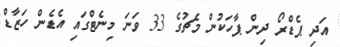
އަދި ޕެޑްރޯ ދިން ޕާހަކުން މެޗުގެ 33 ވަނަ މިނެޓްގައި އެޑެން ހަޒާޑް